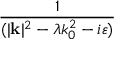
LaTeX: \frac { 1 } { ( | \mathbf { k } | ^ { 2 } - \lambda k _ { 0 } ^ { 2 } - i \varepsilon ) }